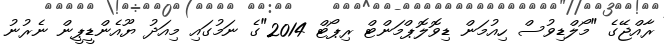
ރާއްޖޭގެ "މޯލްޑިވުސް ހިއުމަން ޑިވޮލޮޕްމަންޓް ރިޕޯޓް 2014"ގެ ނަމުގައި މިއަދު ޔޫއެންޑީޕީން ނެރުނު